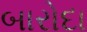
બારોદા